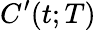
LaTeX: C^{\prime}(t;T)